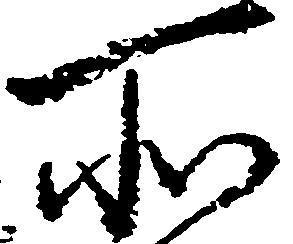
所